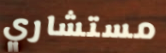
مستشاري